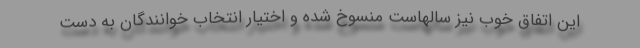
این اتفاق خوب نیز سالهاست منسوخ شده و اختیار انتخاب خوانندگان به دست